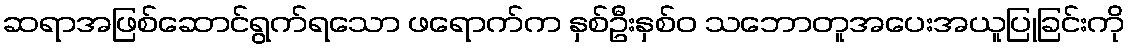
ဆရာအဖြစ်ဆောင်ရွက်ရသော ဖရောက်က နှစ်ဦးနှစ်ဝ သဘောတူအပေးအယူပြုခြင်းကို